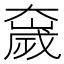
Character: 𫯻